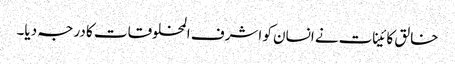
خالق کائینات نے انسان کو اشرف المخلوقات کا درجہ دیا۔